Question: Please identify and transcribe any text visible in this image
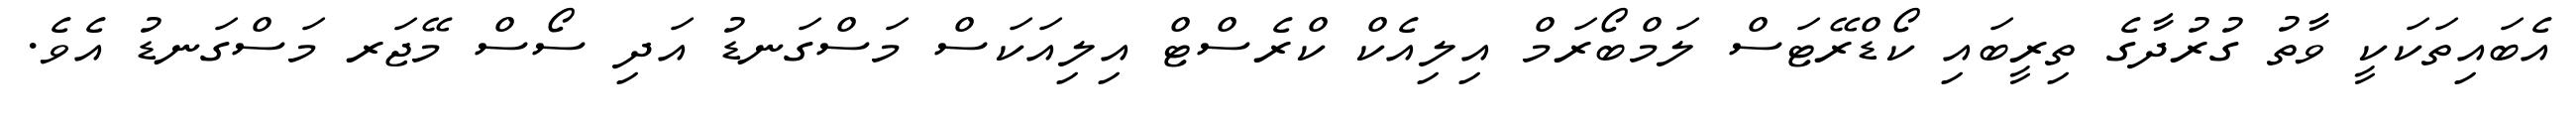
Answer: އެބައިތަކަކީ ވާތު ގުރުދާގެ ތިރީބައި ކޯޑްރޭޓަސް ލަމްބޯރަމް އިލިއެކް ކްރެސްޓް އިލިއަކަސް މަސްގަނޑު އަދި ސޯސް މޭޖަރ މަސްގަނޑު އެވެ.